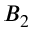
B _ { 2 }